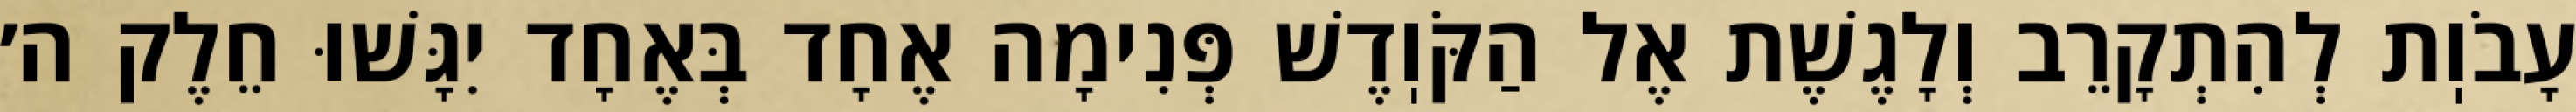
עָבֹוֽת לְהִתְקָרֵב וְלָגֶשֶׁת אֶל הַקֹּוֽדֶשׁ פְּנִימָה אֶחָד בְּאֶחָד יִגָּשׁוּ חֵלֶק ה׳